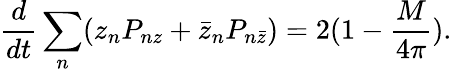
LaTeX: \frac{d}{dt}\sum_{n}(z_{n}P_{nz}+\bar{z}_{n}P_{n\bar{z}})=2(1-\frac{M}{4\pi}).